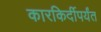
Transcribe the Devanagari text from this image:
कारकिर्दीपर्यंत